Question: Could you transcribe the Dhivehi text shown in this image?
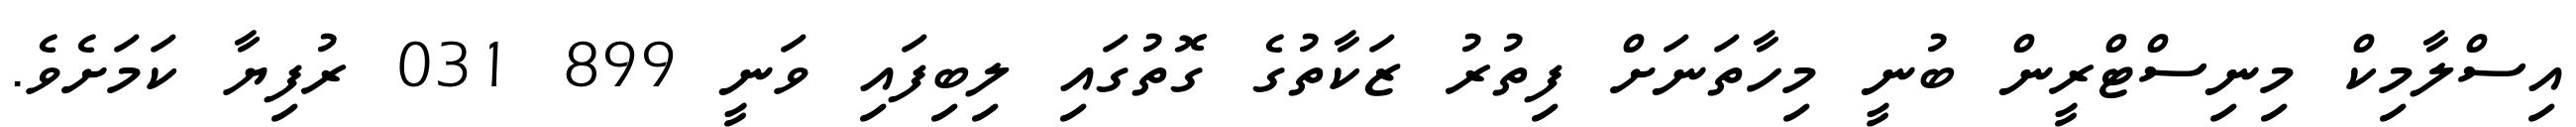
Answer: އިސްލާމިކް މިނިސްޓްރީން ބުނީ މިހާތަނަށް ފިތުރު ޒަކާތުގެ ގޮތުގައި ލިބިފައި ވަނީ 899 031 ރުފިޔާ ކަމަށެވެ.